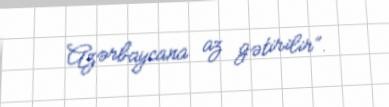
Azərbaycana az gətirilir”.